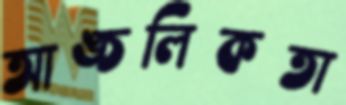
আঙ্চলিকতা